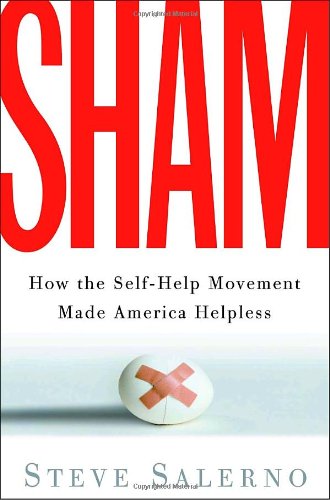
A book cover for Sham: How the Self-Help Movement Made America Helpless; Steve Salerno; Self-Help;